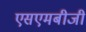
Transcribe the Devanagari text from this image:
एसएमबीजी